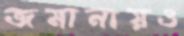
জমানায়ও